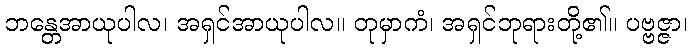
ဘန္တေအာယုပါလ၊ အရှင်အာယုပါလ။ တုမှာကံ၊ အရှင်ဘုရားတို့၏။ ပဗ္ဗဇ္ဇာ၊